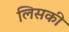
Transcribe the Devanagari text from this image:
लिसकी